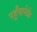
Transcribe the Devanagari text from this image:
पहुँचानेके